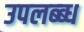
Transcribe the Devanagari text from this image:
उपलब्ब्ध